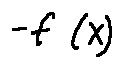
- f ( X )